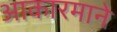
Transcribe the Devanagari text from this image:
आकारमाने